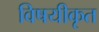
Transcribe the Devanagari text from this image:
विषयीकृत